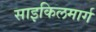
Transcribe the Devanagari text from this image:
साइकिलमार्ग